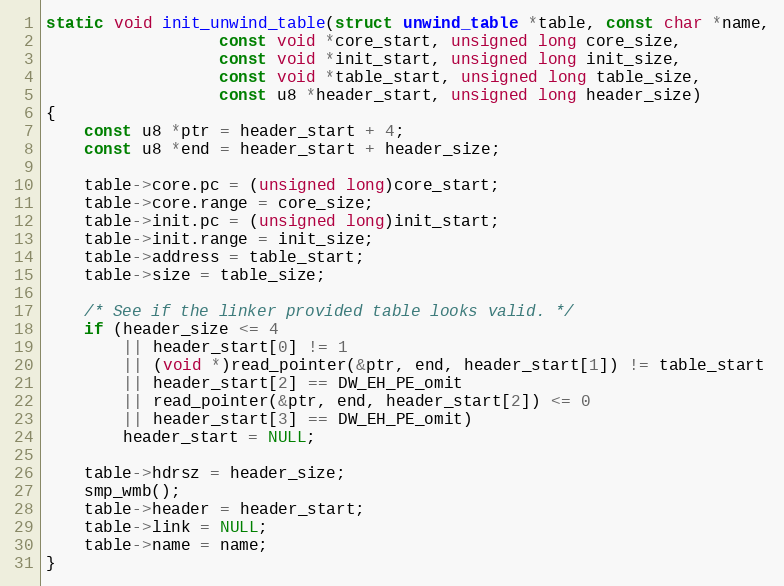
Language: C
static void init_unwind_table(struct unwind_table *table, const char *name,
			      const void *core_start, unsigned long core_size,
			      const void *init_start, unsigned long init_size,
			      const void *table_start, unsigned long table_size,
			      const u8 *header_start, unsigned long header_size)
{
	const u8 *ptr = header_start + 4;
	const u8 *end = header_start + header_size;

	table->core.pc = (unsigned long)core_start;
	table->core.range = core_size;
	table->init.pc = (unsigned long)init_start;
	table->init.range = init_size;
	table->address = table_start;
	table->size = table_size;

	/* See if the linker provided table looks valid. */
	if (header_size <= 4
	    || header_start[0] != 1
	    || (void *)read_pointer(&ptr, end, header_start[1]) != table_start
	    || header_start[2] == DW_EH_PE_omit
	    || read_pointer(&ptr, end, header_start[2]) <= 0
	    || header_start[3] == DW_EH_PE_omit)
		header_start = NULL;

	table->hdrsz = header_size;
	smp_wmb();
	table->header = header_start;
	table->link = NULL;
	table->name = name;
}